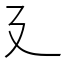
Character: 廴